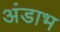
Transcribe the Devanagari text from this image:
अंडाभ